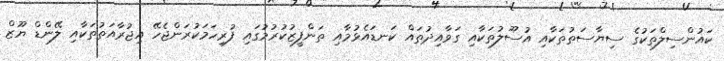
ކައުންސިލްތަކުގެ ސިޔާސަތުތަކާއި އުސޫލުތަކާއި ގަވާއިދުތައް ކަނޑައެޅުމާއި ތަންފީޒުކުރުމުގައި ފުރިހަމަކުރަންޖެހޭ އިޖުރާއަތުތަކާއި ލޭންޑް ޔޫޒް